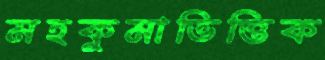
মহকুমাভিত্তিক